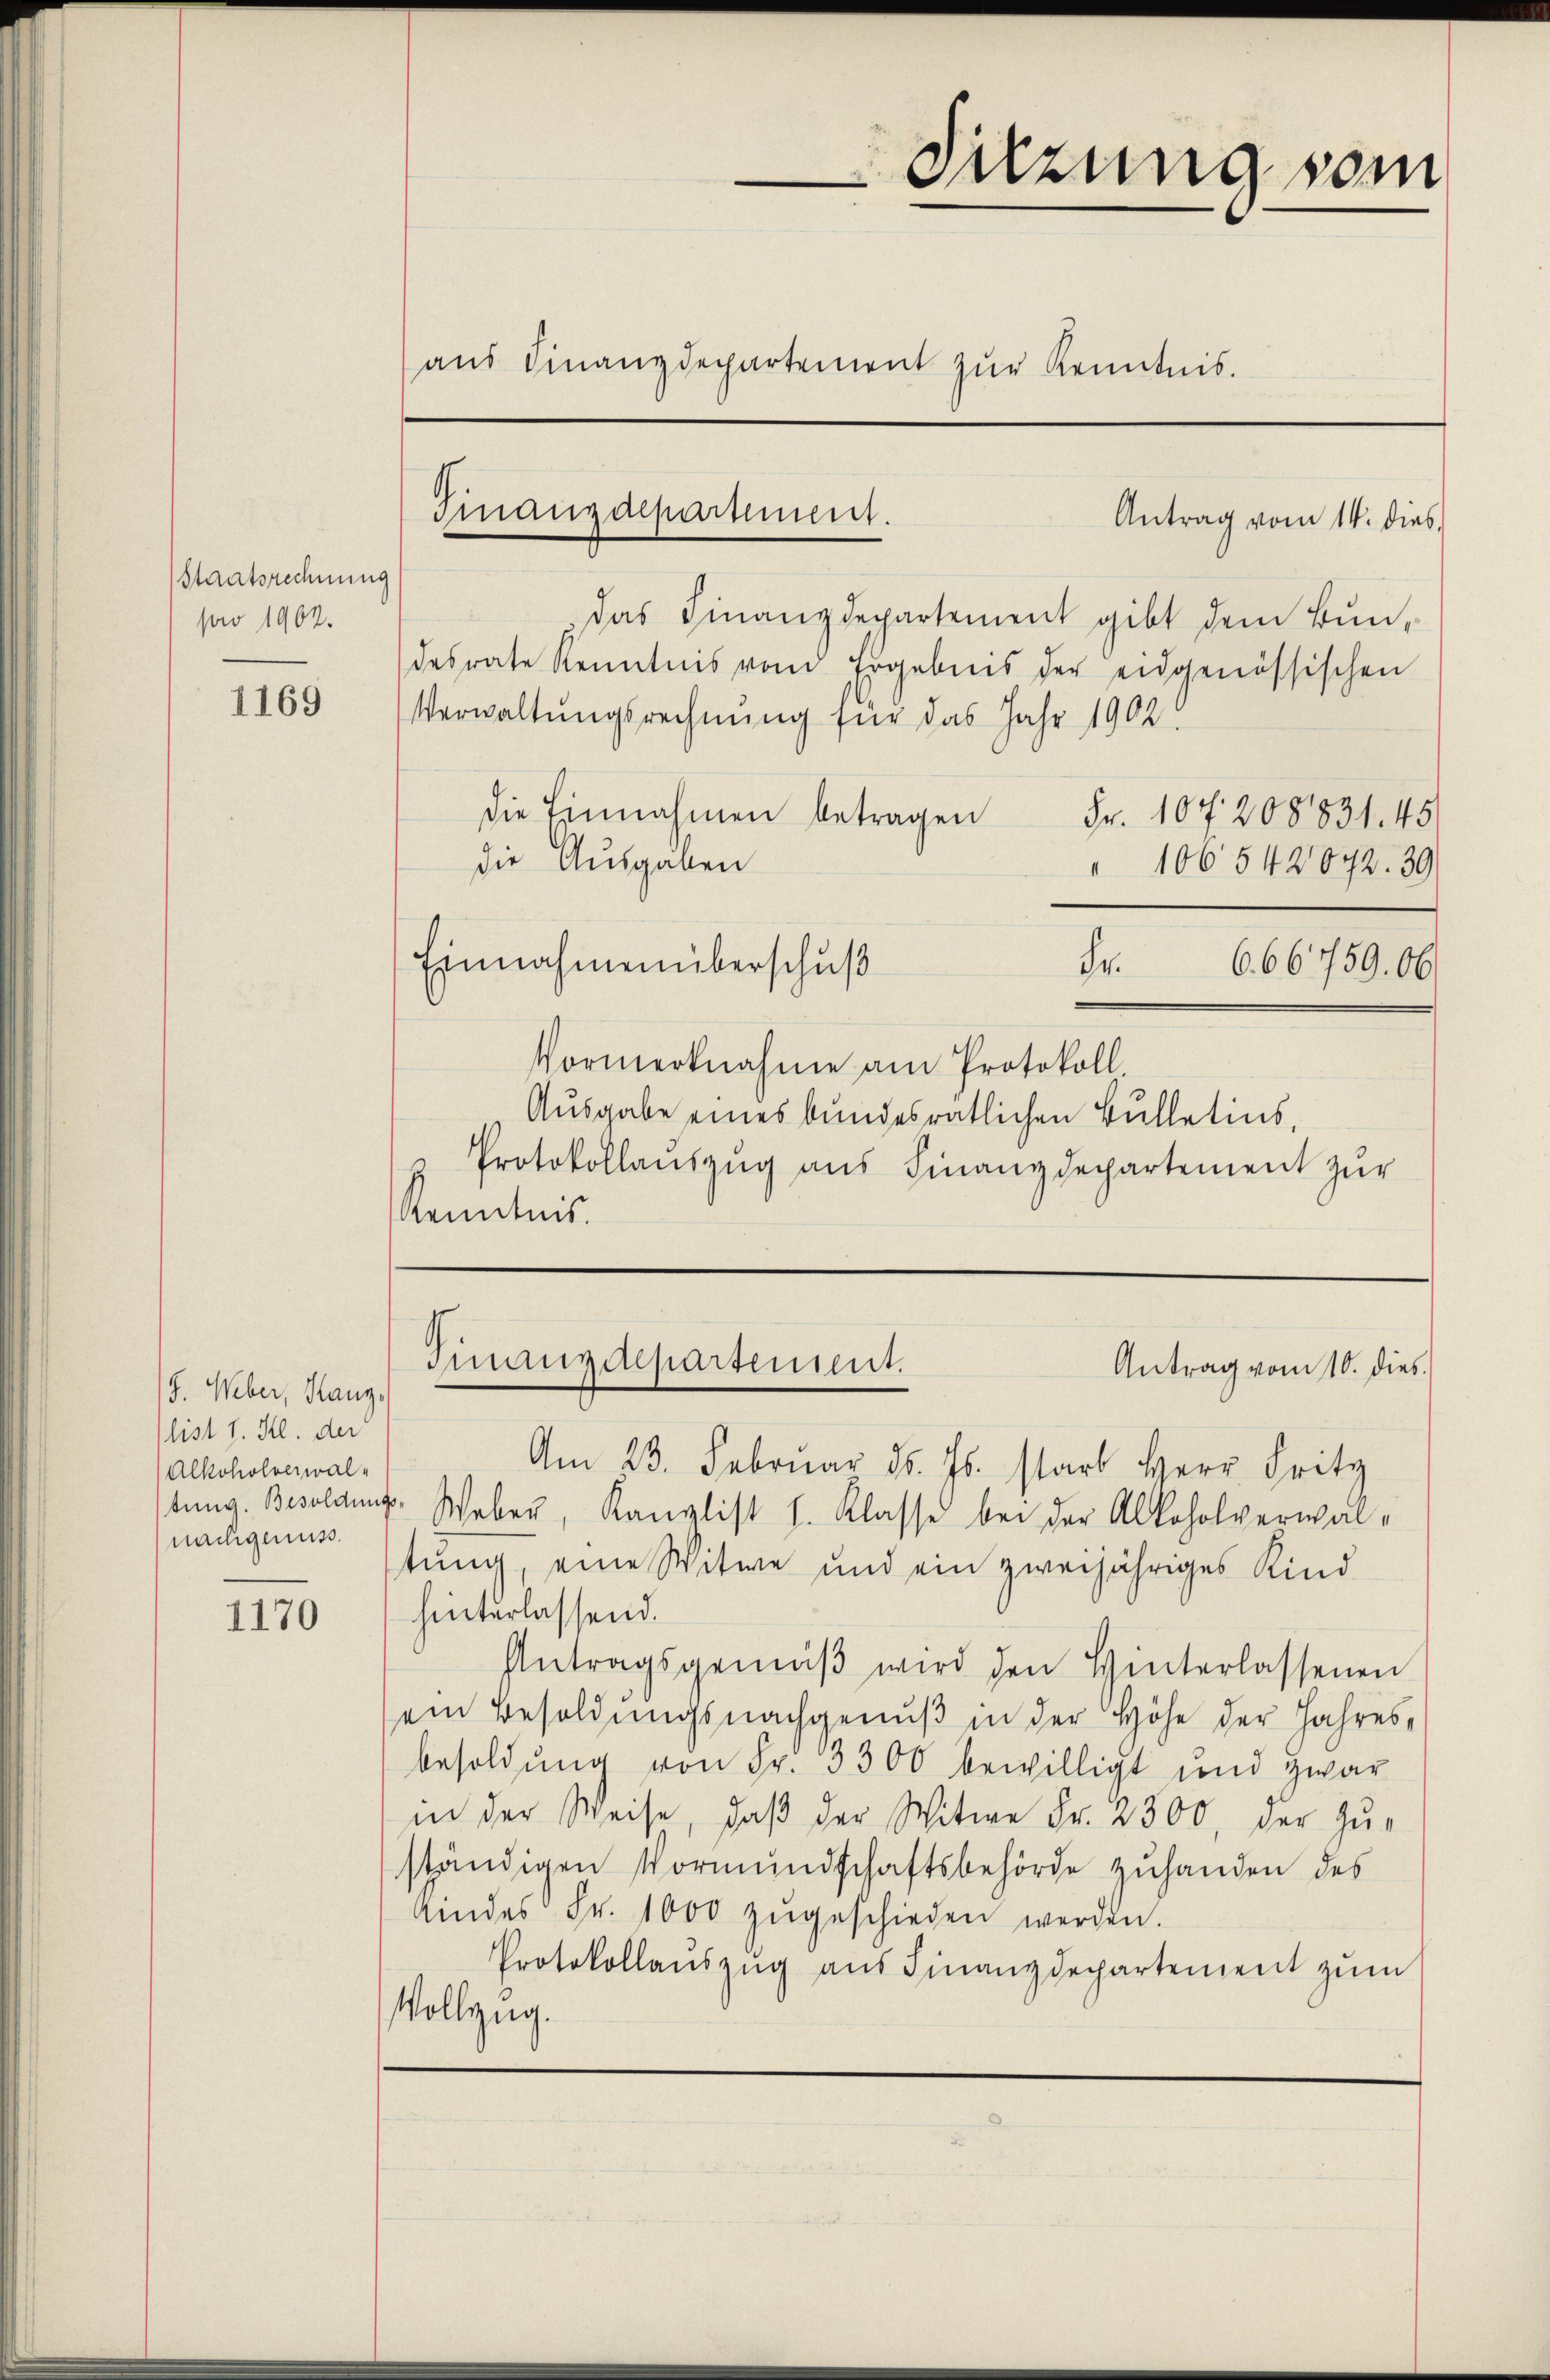
Staatsrechnung
pro 1902.

1169

J. Weber, Rang,
(list 1. Kl. der
Alkoholverwalnachgenuss.

1170

Antrag vom 14. dies
Das Finanzdepartement gibt dem Bundesrate Kenntnis von Ergebnis der eidgenössischen
Verwaltungsrechnung für das Jahr 1902
die Einnahmen betragen
Fr. 107. 208831. 45
die Ausgaben
" 106542072. 39
Einnahmenüberschuß
A.
6. 66759. Ob
Vormerknahme am Protokoll.
Ausgabe eines bundesrätlichen Bulletins,
Protokollauszug aus Finanzdepartement zur
Kenntnis.

Finanzdepartement.

aŭs Finanzdepartement zŭr Kenntnis.

Sitzung vom

Am 23. Februar d. Js. starb Herr Fritz
stung. Besoldung. Weber, Kanzlist l. Klasse bei der Alkoholverwaltung, eine Witwe und ein zweijähriges Kind
hinterlassend.
Antragsgemäβ wird den Hinterlassenen
ein Besoldŭngsnachgenŭβ in der Höhe der Jahresbesoldŭng von Fr. 3300 bewilligt und zwar
in der Weise, daβ der Witwe Fr. 2300, der Zŭ-
ständigen Vormundschaftsbehörde zuhanden des
Kindes Fr. 1000 zŭgeschieden werden.
Protokollaŭszŭg aŭs Finanzdepartement zŭm
Vollzug.

Finangalpartement.
Antrag vom 10. dies